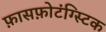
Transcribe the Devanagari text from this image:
फ़ासफ़ोटंग्स्टिक